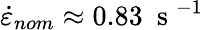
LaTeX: \dot{\varepsilon}_{nom}\approx 0.83~\mathrm{~s~}^{-1}